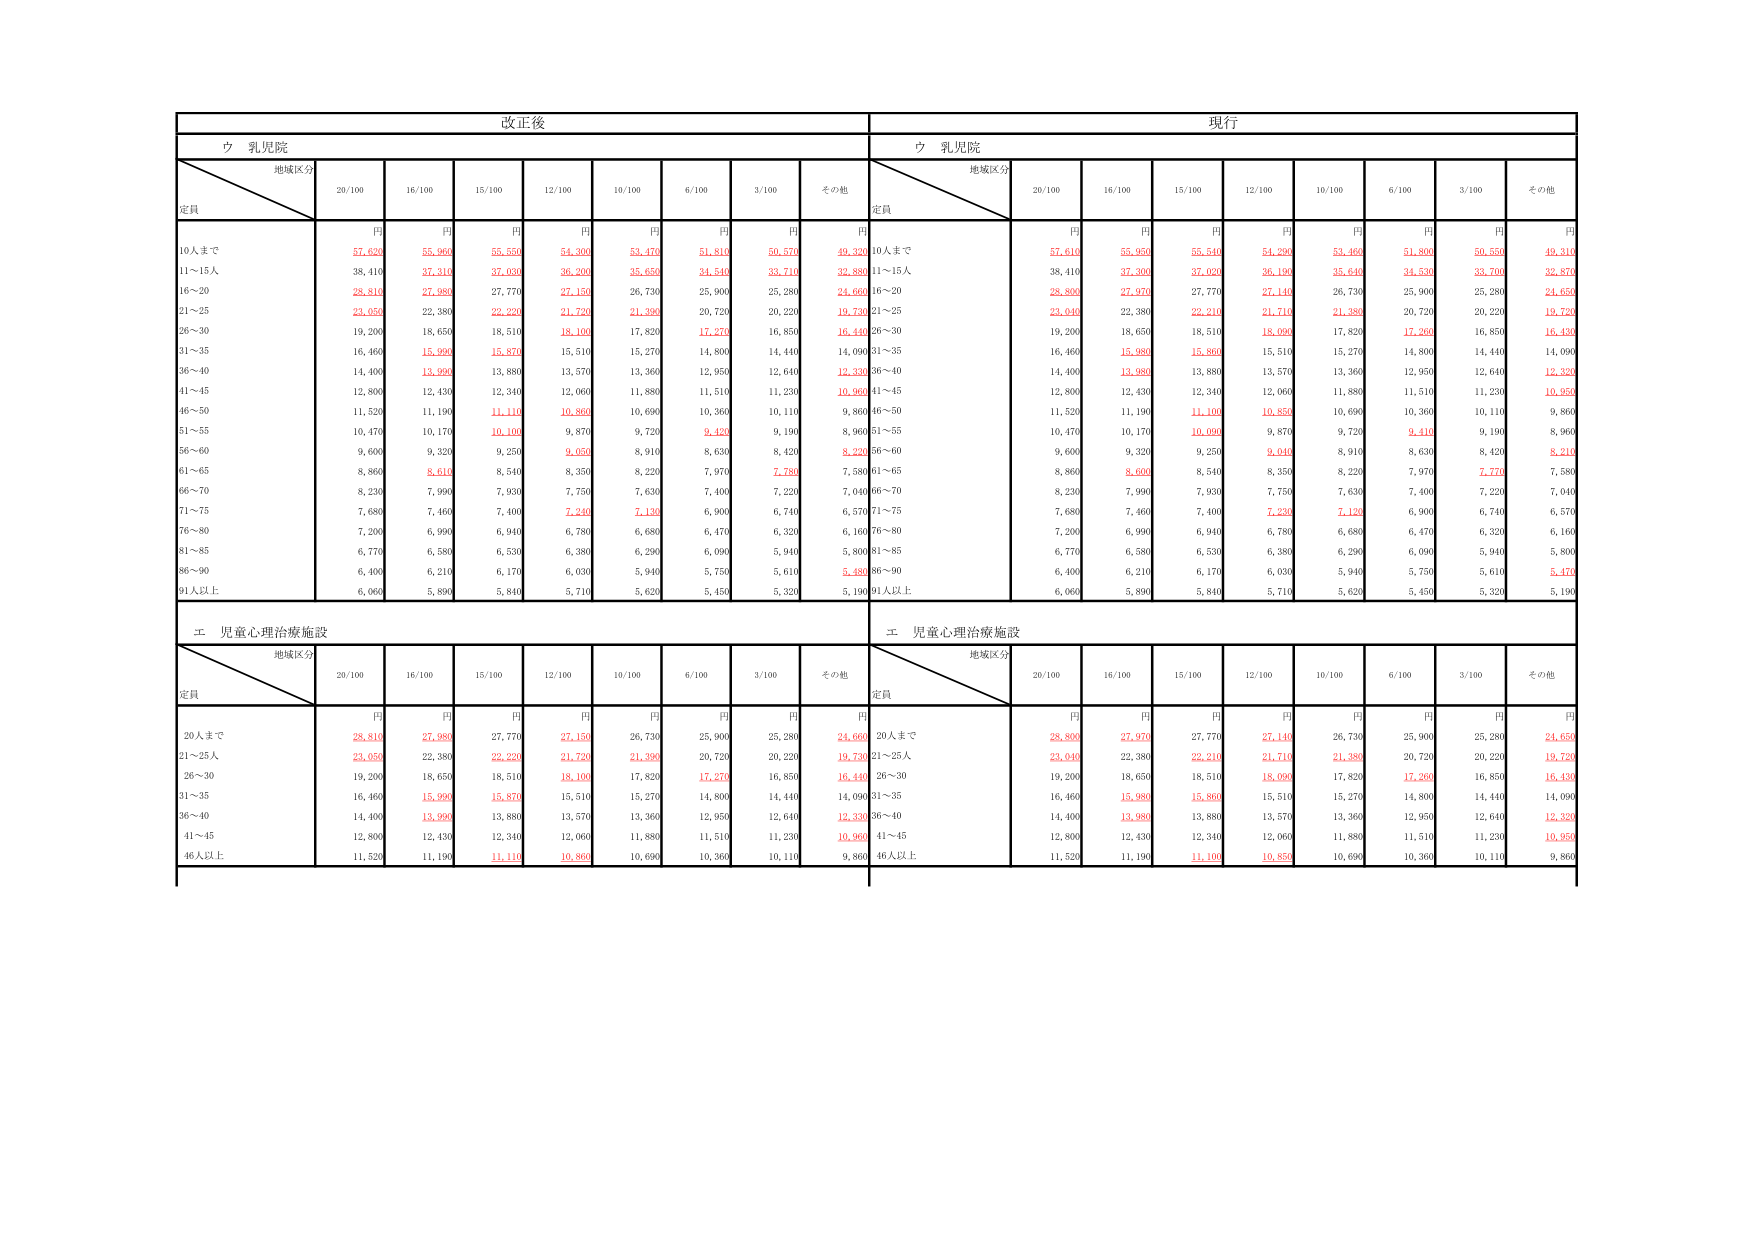
改正後
現行
ウ 乳児院
ウ 乳児院
地域区分
定員
20/100
16/100
15/100
12/100
10/100
6/100
3/100
その他
地域区分
定員
20/100
16/100
15/100
12/100
10/100
6/100
3/100
その他
円
円
円
円
円
円
円
円
円
円
円
円
円
円
円
円
円
円
10人まで
57,620
55,960
55,550
54,300
53,470
51,810
50,570
49,320
10人まで
57,610
55,950
55,540
54,290
53,460
51,800
50,550
49,310
11～15人
38,410
37,310
37,030
36,200
35,650
34,540
33,710
32,880
11～15人
38,410
37,300
37,020
36,190
35,640
34,530
33,700
32,870
16～20
28,810
27,980
27,770
27,150
26,730
25,900
25,280
24,660
16～20
28,800
27,970
27,770
27,140
26,730
25,900
25,280
24,650
21～25
23,050
22,380
22,220
21,720
21,390
20,720
20,220
19,730
21～25
23,040
22,380
22,210
21,710
21,380
20,720
20,220
19,720
26～30
19,200
18,650
18,510
18,100
17,820
17,270
16,850
16,440
26～30
19,200
18,650
18,510
18,090
17,820
17,260
16,850
16,430
31～35
16,460
15,990
15,870
15,510
15,270
14,800
14,440
14,090
31～35
16,460
15,980
15,860
15,510
15,270
14,800
14,440
14,090
36～40
14,400
13,990
13,880
13,570
13,360
12,950
12,640
12,330
36～40
14,400
13,980
13,880
13,570
13,360
12,950
12,640
12,320
41～45
12,800
12,430
12,340
12,060
11,880
11,510
11,230
10,960
41～45
12,800
12,430
12,340
12,060
11,880
11,510
11,230
10,950
46～50
11,520
11,190
11,110
10,860
10,690
10,360
10,110
9,860
46～50
11,520
11,190
11,100
10,850
10,690
10,360
10,110
9,860
51～55
10,470
10,170
10,100
9,870
9,720
9,420
9,190
8,960
51～55
10,470
10,170
10,090
9,870
9,720
9,410
9,190
8,960
56～60
9,600
9,320
9,250
9,050
8,910
8,630
8,420
8,220
56～60
9,600
9,320
9,250
9,040
8,910
8,630
8,420
8,210
61～65
8,860
8,610
8,540
8,350
8,220
7,970
7,780
7,580
61～65
8,860
8,600
8,540
8,350
8,220
7,970
7,770
7,580
66～70
8,230
7,990
7,930
7,750
7,630
7,400
7,220
7,040
66～70
8,230
7,990
7,930
7,750
7,630
7,400
7,220
7,040
71～75
7,680
7,460
7,400
7,240
7,130
6,900
6,740
6,570
71～75
7,680
7,460
7,400
7,230
7,120
6,900
6,740
6,570
76～80
7,200
6,990
6,940
6,780
6,680
6,470
6,320
6,160
76～80
7,200
6,990
6,940
6,780
6,680
6,470
6,320
6,160
81～85
6,770
6,580
6,530
6,380
6,290
6,090
5,940
5,800
81～85
6,770
6,580
6,530
6,380
6,290
6,090
5,940
5,800
86～90
6,400
6,210
6,170
6,030
5,940
5,750
5,610
5,480
86～90
6,400
6,210
6,170
6,030
5,940
5,750
5,610
5,470
91人以上
6,060
5,890
5,840
5,710
5,620
5,450
5,320
5,190
91人以上
6,060
5,890
5,840
5,710
5,620
5,450
5,320
5,190
エ 児童心理治療施設
エ 児童心理治療施設
地域区分
定員
20/100
16/100
15/100
12/100
10/100
6/100
3/100
その他
地域区分
定員
20/100
16/100
15/100
12/100
10/100
6/100
3/100
その他
円
円
円
円
円
円
円
円
円
円
円
円
円
円
円
円
円
円
20人まで
28,810
27,980
27,770
27,150
26,730
25,900
25,280
24,660
20人まで
28,800
27,970
27,770
27,140
26,730
25,900
25,280
24,650
21～25人
23,050
22,380
22,220
21,720
21,390
20,720
20,220
19,730
21～25人
23,040
22,380
22,210
21,710
21,380
20,720
20,220
19,720
26～30
19,200
18,650
18,510
18,100
17,820
17,270
16,850
16,440
26～30
19,200
18,650
18,510
18,090
17,820
17,260
16,850
16,430
31～35
16,460
15,990
15,870
15,510
15,270
14,800
14,440
14,090
31～35
16,460
15,980
15,860
15,510
15,270
14,800
14,440
14,090
36～40
14,400
13,990
13,880
13,570
13,360
12,950
12,640
12,330
36～40
14,400
13,980
13,880
13,570
13,360
12,950
12,640
12,320
41～45
12,800
12,430
12,340
12,060
11,880
11,510
11,230
10,960
41～45
12,800
12,430
12,340
12,060
11,880
11,510
11,230
10,950
46人以上
11,520
11,190
11,110
10,860
10,690
10,360
10,110
9,860
46人以上
11,520
11,190
11,100
10,850
10,690
10,360
10,110
9,860